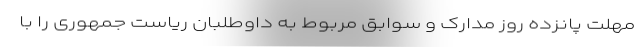
مهلت پانزده روز مدارک و سوابق مربوط به داوطلبان ریاست جمهوری را با